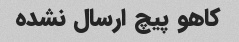
کاهو پیچ ارسال نشده